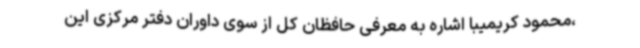
،محمود کریمیبا اشاره به معرفی حافظان کل از سوی داوران دفتر مرکزی این